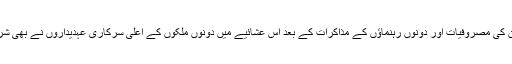
پورے دن کی مصروفیات اور دونوں رہنماؤں کے مذاکرات کے بعد اِس عشائیے میں دونوں ملکوں کے اعلیٰ سرکاری عہدیداروں نے بھی شرکت کی۔